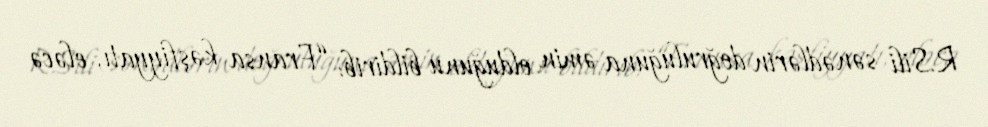
R.Sili sənədlərin doğruluğuna əmin olduğunu bildirib: “Fransa kəşfiyyatı, eləcə